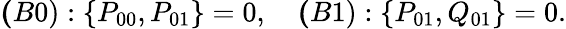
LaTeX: \begin{array}{r}{{\mathbf(B0)}:\{ P_{00},P_{01}\} =0,~~~~{\mathbf(B1)}:\{ P_{01},Q_{01}\} =0.}\end{array}